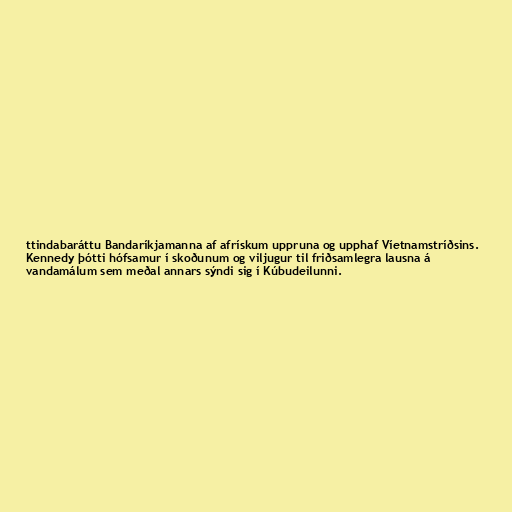
ttindabaráttu Bandaríkjamanna af afrískum uppruna og upphaf Víetnamstríðsins.
Kennedy þótti hófsamur í skoðunum og viljugur til friðsamlegra lausna á
vandamálum sem meðal annars sýndi sig í Kúbudeilunni.